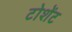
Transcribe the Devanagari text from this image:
टोशेंट